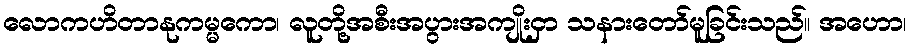
လောကဟိတာနုကမ္မကော၊ လူတို့အစီးအပွားအကျိုးငှာ သနားတော်မူခြင်းသည်။ အဟော၊